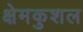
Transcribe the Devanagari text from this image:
क्षेमकुशल